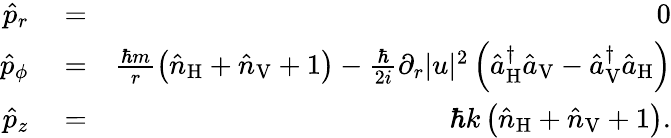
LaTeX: \begin{array}{rlr}{\hat{p}_{r}}&{{}=}&{0}\\ {\hat{p}_{\phi}}&{{}=}&{\frac{\hbar m}{r}\left(\hat{n}_{\mathrm{H}}+\hat{n}_{\mathrm{V}}+1\right)-\frac{\hbar}{2i}\partial_{r}|u|^{2}\left(\hat{a}_{\mathrm{H}}^{\dagger}\hat{a}_{\mathrm{V}}-\hat{a}_{\mathrm{V}}^{\dagger}\hat{a}_{\mathrm{H}}\right)}\\ {\hat{p}_{z}}&{{}=}&{\hbar k\left(\hat{n}_{\mathrm{H}}+\hat{n}_{\mathrm{V}}+1\right).}\end{array}